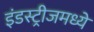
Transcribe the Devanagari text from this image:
इंडस्ट्रीजमध्ये